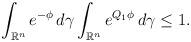
LaTeX: \begin{align*}\int_{\mathbb{R}^n} e^{-\phi}\, d\gamma \int_{\mathbb{R}^n} e^{Q_1 \phi}\, d\gamma \le 1.\end{align*}